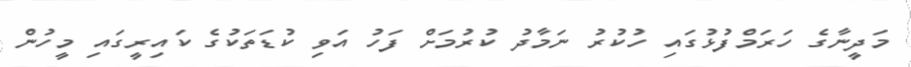
މަދީނާގެ ހަރަމްފުޅުގައި ހުކުރު ނަމާދު ކުރުމަށް ފަހު އަވި ކުޑަތަކުގެ ކައިރީގައި މީހުން